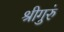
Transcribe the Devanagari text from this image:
श्रीगुरुं